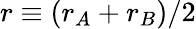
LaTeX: r\equiv(r_{A}+r_{B})/2